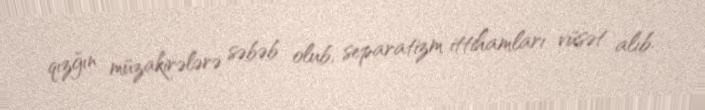
qızğın müzakirələrə səbəb olub, separatizm ittihamları vüsət alıb.